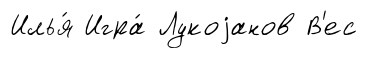
Илья́ Игра́ Лукоjанов В'ес